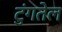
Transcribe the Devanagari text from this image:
टुंगतेल